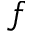
f